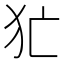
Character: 𤜪